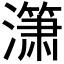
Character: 𰝞